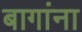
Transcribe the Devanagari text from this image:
बागांना